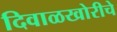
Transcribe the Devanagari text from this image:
दिवाळखोरीचे